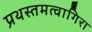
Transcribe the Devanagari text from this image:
प्रथस्तमत्वागिरा